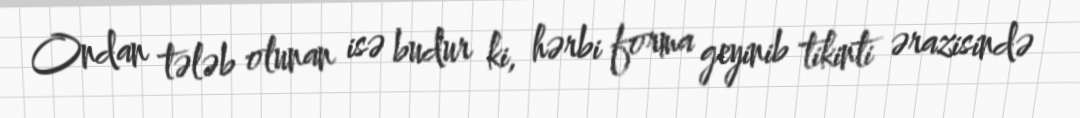
Ondan tələb olunan isə budur ki, hərbi forma geyinib tikinti ərazisində